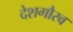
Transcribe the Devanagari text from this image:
देशगौरव